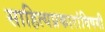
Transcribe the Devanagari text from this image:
साहित्यप्रकारांविषयी